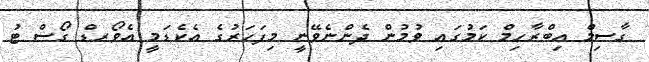
ގާސިމް އިބްރާހިމް ކަމުގައި ވުމުން ދެންނެވޭނީ މިފަހަރުގެ އެކެޑަމީ އެވޯރޑް ގޯސް ޓު